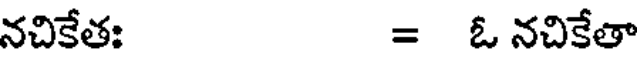
నచికేత: = ఓ నచికేతా